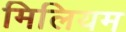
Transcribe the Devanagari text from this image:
मिलियम